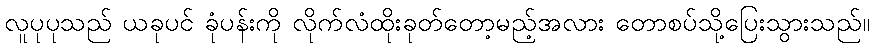
လူပုပုသည် ယခုပင် ခုံပန်းကို လိုက်လံထိုးခုတ်တော့မည့်အလား တောစပ်သို့ပြေးသွားသည်။